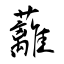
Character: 蘺